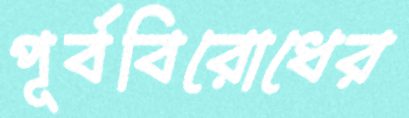
পূর্ববিরোধের